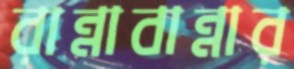
রান্নাবান্নার